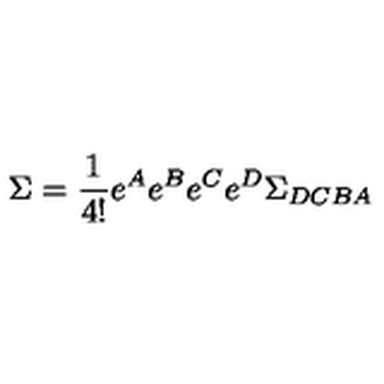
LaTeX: \Sigma = \frac { 1 } { 4 ! } e ^ { A } e ^ { B } e ^ { C } e ^ { D } \Sigma _ { D C B A }